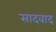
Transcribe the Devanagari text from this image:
सादवाद